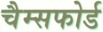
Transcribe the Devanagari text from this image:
चैम्सफोर्ड